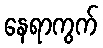
နေရာကွက်